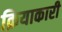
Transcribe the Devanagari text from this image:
क्रियाकारी